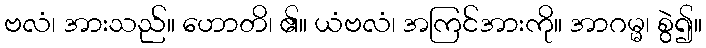
ဗလံ၊ အားသည်။ ဟောတိ၊ ၏။ ယံဗလံ၊ အကြင်အားကို။ အာဂမ္မ၊ စွဲ၍။